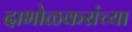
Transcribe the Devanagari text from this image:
दाभोळकरांच्या